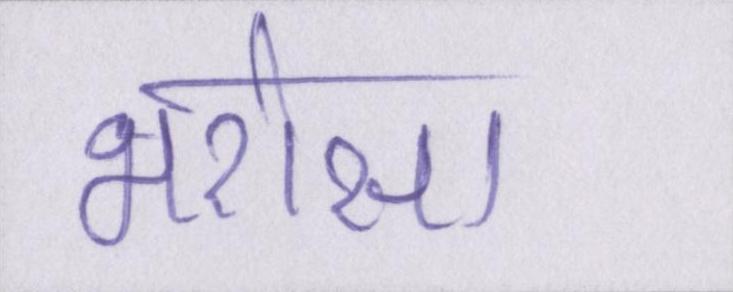
भरोसा